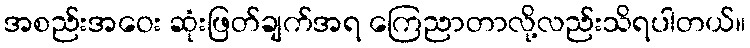
အစည်းအဝေး ဆုံးဖြတ်ချက်အရ ကြေညာတာလို့လည်းသိရပါတယ်။